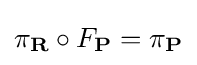
\pi _{\mathbf {R} }\circ F_{\mathbf {P} }=\pi _{\mathbf {P} }